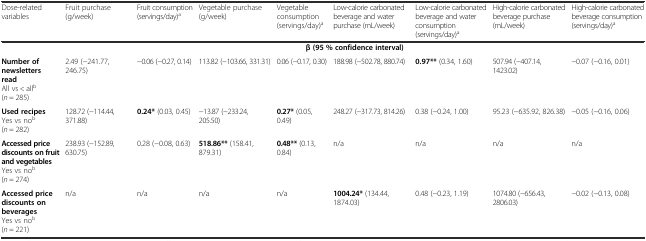
<table><thead><tr><td><b>Dose-related variables</b></td><td><b>Fruit purchase (g/week)</b></td><td><b>Fruit consumption (servings/day)<sup>a</sup></b></td><td><b>Vegetable purchase (g/week)</b></td><td><b>Vegetable consumption (servings/day)<sup>a</sup></b></td><td><b>Low-calorie carbonated beverage and water purchase (mL/week)</b></td><td><b>Low-calorie carbonated beverage and water consumption (servings/day)<sup>a</sup></b></td><td><b>High-calorie carbonated beverage purchase (mL/week)</b></td><td><b>High-calorie carbonated beverage consumption (servings/day)<sup>a</sup></b></td></tr></thead><tbody><tr><td></td><td colspan="8"><b>β (95 % confidence interval)</b></td></tr><tr><td><b>Number of newsletters read</b>All vs &lt; all<sup>b</sup>(<i>n</i> = 285)</td><td>2.49 (−241.77, 246.75)</td><td>−0.06 (−0.27, 0.14)</td><td>113.82 (−103.66, 331.31)</td><td>0.06 (−0.17, 0.30)</td><td>188.98 (−502.78, 880.74)</td><td><b>0.97**</b> (0.34, 1.60)</td><td>507.94 (−407.14, 1423.02)</td><td>−0.07 (−0.16, 0.01)</td></tr><tr><td><b>Used recipes</b>Yes vs no<sup>b</sup> (<i>n</i> = 282)</td><td>128.72 (−114.44, 371.88)</td><td><b>0.24*</b> (0.03, 0.45)</td><td>−13.87 (−233.24, 205.50)</td><td><b>0.27*</b> (0.05, 0.49)</td><td>248.27 (−317.73, 814.26)</td><td>0.38 (−0.24, 1.00)</td><td>95.23 (−635.92, 826.38)</td><td>−0.05 (−0.16, 0.06)</td></tr><tr><td><b>Accessed price discounts on fruit and vegetables</b>Yes vs no<sup>b</sup>(<i>n</i> = 274)</td><td>238.93 (−152.89, 630.75)</td><td>0.28 (−0.08, 0.63)</td><td><b>518.86**</b> (158.41, 879.31)</td><td><b>0.48**</b> (0.13, 0.84)</td><td>n/a</td><td>n/a</td><td>n/a</td><td>n/a</td></tr><tr><td><b>Accessed price discounts on beverages</b>Yes vs no<sup>b</sup> (<i>n</i> = 221)</td><td>n/a</td><td>n/a</td><td>n/a</td><td>n/a</td><td><b>1004.24*</b> (134.44, 1874.03)</td><td>0.48 (−0.23, 1.19)</td><td>1074.80 (−656.43, 2806.03)</td><td>−0.02 (−0.13, 0.08)</td></tr></tbody></table>